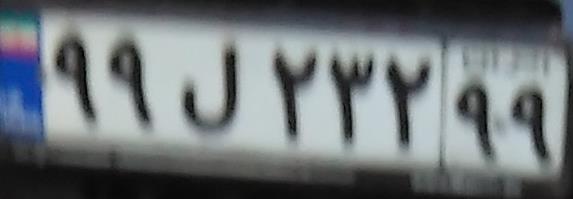
۹۹ل۲۳۲۹۹